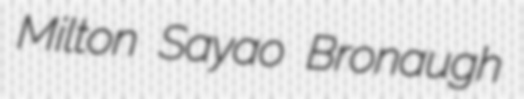
Milton Sayao Bronaugh